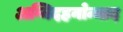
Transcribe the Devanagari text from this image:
अग्निदहनोन्माद